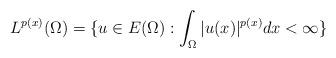
LaTeX: \begin{align*} L^{p(x)}(\Omega)=\{u \in E(\Omega): \int_{\Omega} |u(x)|^{p(x)} dx<\infty \}\end{align*}